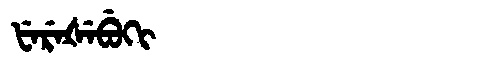
Manchu: ᡶᡝᡵᡝᡧᡝᠪᡠᡴᡳ
Romanization: FEREŠEBUKI